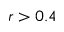
r > 0 . 4